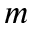
_ m